Report on sanitation, dispensaries, and jails in Rajputana for 1910, and on vaccination for the year 1910-1911 - 1910-1911
Year: 1910
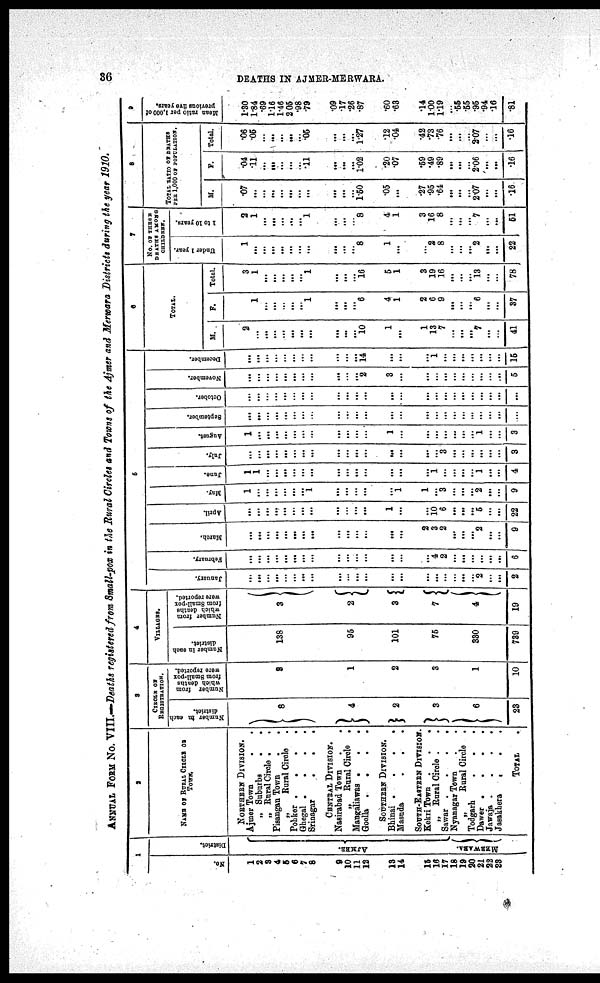
36
DEATHS IN AJMER-MERWARA.
ANNUAL FORM No. VIII.—Deaths registered from Small-pox in the Rural Circles and Towns of the Ajmer and Merwara Districts during the year 1910.
1
No.
1
2
3
4
5
6
7
8
9
10
11
12
13
14
15
16
17
18
19
20
21
22
23
District.
AJMER.
MERWARA.
2
NAME OF RURAL CIRCLE OF
TOWN
NORTHERN DIVISION.
Ajmer Town
.
.
„ Suburbs
.
„ Rural Circle .
.
Pisangan Town..
„
Rural Circle .
Pohker
.
.
.
.
Ghegal
.
.
.
.
Srinagar
.
.
.
CENRTAL DIVISION.
Nasirabad Town
„ Rural Circle .
Mangaliawas .
.
.
Goella
.
.
.
.
SOUTHERN DIVISION.
Bhinai
.
.
.
.
Masuda
.
.
.
SOUTH-EASTERN DIVISION.
Kekri Town .
„ Rural Circle .
Sawar
.
.
.
.
Nyanagar Town..
„
Rural Circle.
Todgarh...
Dawer ...
Jawaja
.
.
.
.
Jasakhera
TOTAL
3
CIRCLE OF
REGISTRATION.
Number in each
district.
8
4
2
3
6
23
Number from
which deaths
from Small-pox
were reported.
9
1
2
3
1
10
4
VILLAGES.
Number in each
district.
138
95
101
75
330
739
Number from
which deaths
from Small-pox
were reported.
3
2
3
7
4
19
5
January.
...
...
. ..
...
...
...
...
...
...
...
...
. ..
...
...
...
...
...
...
...
...
2
...
...
2
February.
...
...
...
...
...
...
...
...
...
...
...
...
...
...
...
4
2
...
...
...
...
...
...
6
March.
...
...
...
...
...
...
...
...
...
...
...
...
...
...
2
3
2
...
...
...
2
...
...
9
April.
...
...
...
...
...
...
...
...
...
...
...
...
1
...
...
10
6
...
...
...
5
...
...
22
May.
1
...
...
...
...
...
...
1
...
...
...
...
...
1
1
...
3
...
...
...
2
...
...
9
June.
1
1
...
...
...
...
...
...
...
...
...
...
...
...
...
1
...
...
...
...
1
...
...
4
July.
...
...
...
...
...
...
...
...
...
...
...
...
...
...
...
...
3
...
...
...
...
...
...
3
August.
1
...
...
...
...
...
...
...
...
...
...
...
1
...
...
...
...
...
...
...
1
...
...
3
September.
...
...
...
...
...
...
...
...
...
...
...
...
...
...
...
...
...
...
...
...
...
...
...
...
October.
...
...
...
...
...
...
...
...
...
...
...
...
...
...
...
...
...
...
...
...
...
...
...
...
November.
...
...
...
...
...
...
...
...
...
...
...
2
3
...
...
...
...
...
...
...
...
...
...
5
December.
...
...
...
...
...
...
...
...
...
...
...
14
...
...
...
1
...
...
...
...
...
...
...
15
6
TOTAL.
M.
2
...
...
...
...
...
...
...
...
...
...
10
1
...
1
13
7
...
...
...
7
...
...
41
F.
1
...
...
...
...
...
1
...
...
...
6
4
1
2
6
9
...
...
...
6
...
...
37
Total.
3
1
...
...
...
...
...
1
...
...
...
16
5
1
3
19
16
...
...
...
13
...
...
78
7
NO. OF THESE
DEATHS AMONG
CHILDREN.
Under 1 year.
1
...
...
...
...
...
...
...
...
...
...
8
1
...
...
2
8
...
...
...
2
...
...
22
1 to 10 years.
2
1
...
...
...
...
...
1
...
...
...
8
4
1
3
16
8
...
...
...
7
...
...
51
8
TOTAL RATIO OF DEATHS
PER 1,000 OF POPULATION.
M.
.07
...
...
...
...
...
...
...
...
...
...
1.50
.05
...
.27
.95
.64
...
...
...
2.07
...
...
.16
F.
.04
.11
...
...
...
...
...
.11
...
...
...
1.02
.20
.07
.59
.49
.89
...
...
...
2.06
...
...
.16
Total.
.06
.05
...
...
...
...
...
.05
...
...
...
1.27
.12
.04
.42
.73
.76
...
...
...
2.07
...
...
.16
9
Mean ratio per 1,000 of
previous five years.
1.30
1.84
.69
1.16
1.46
2.05
.98
.79
.09
.17
.26
.87
.60
.63
.14
1.00
1.19
...
.55
.55
.95
.94
.16
.81